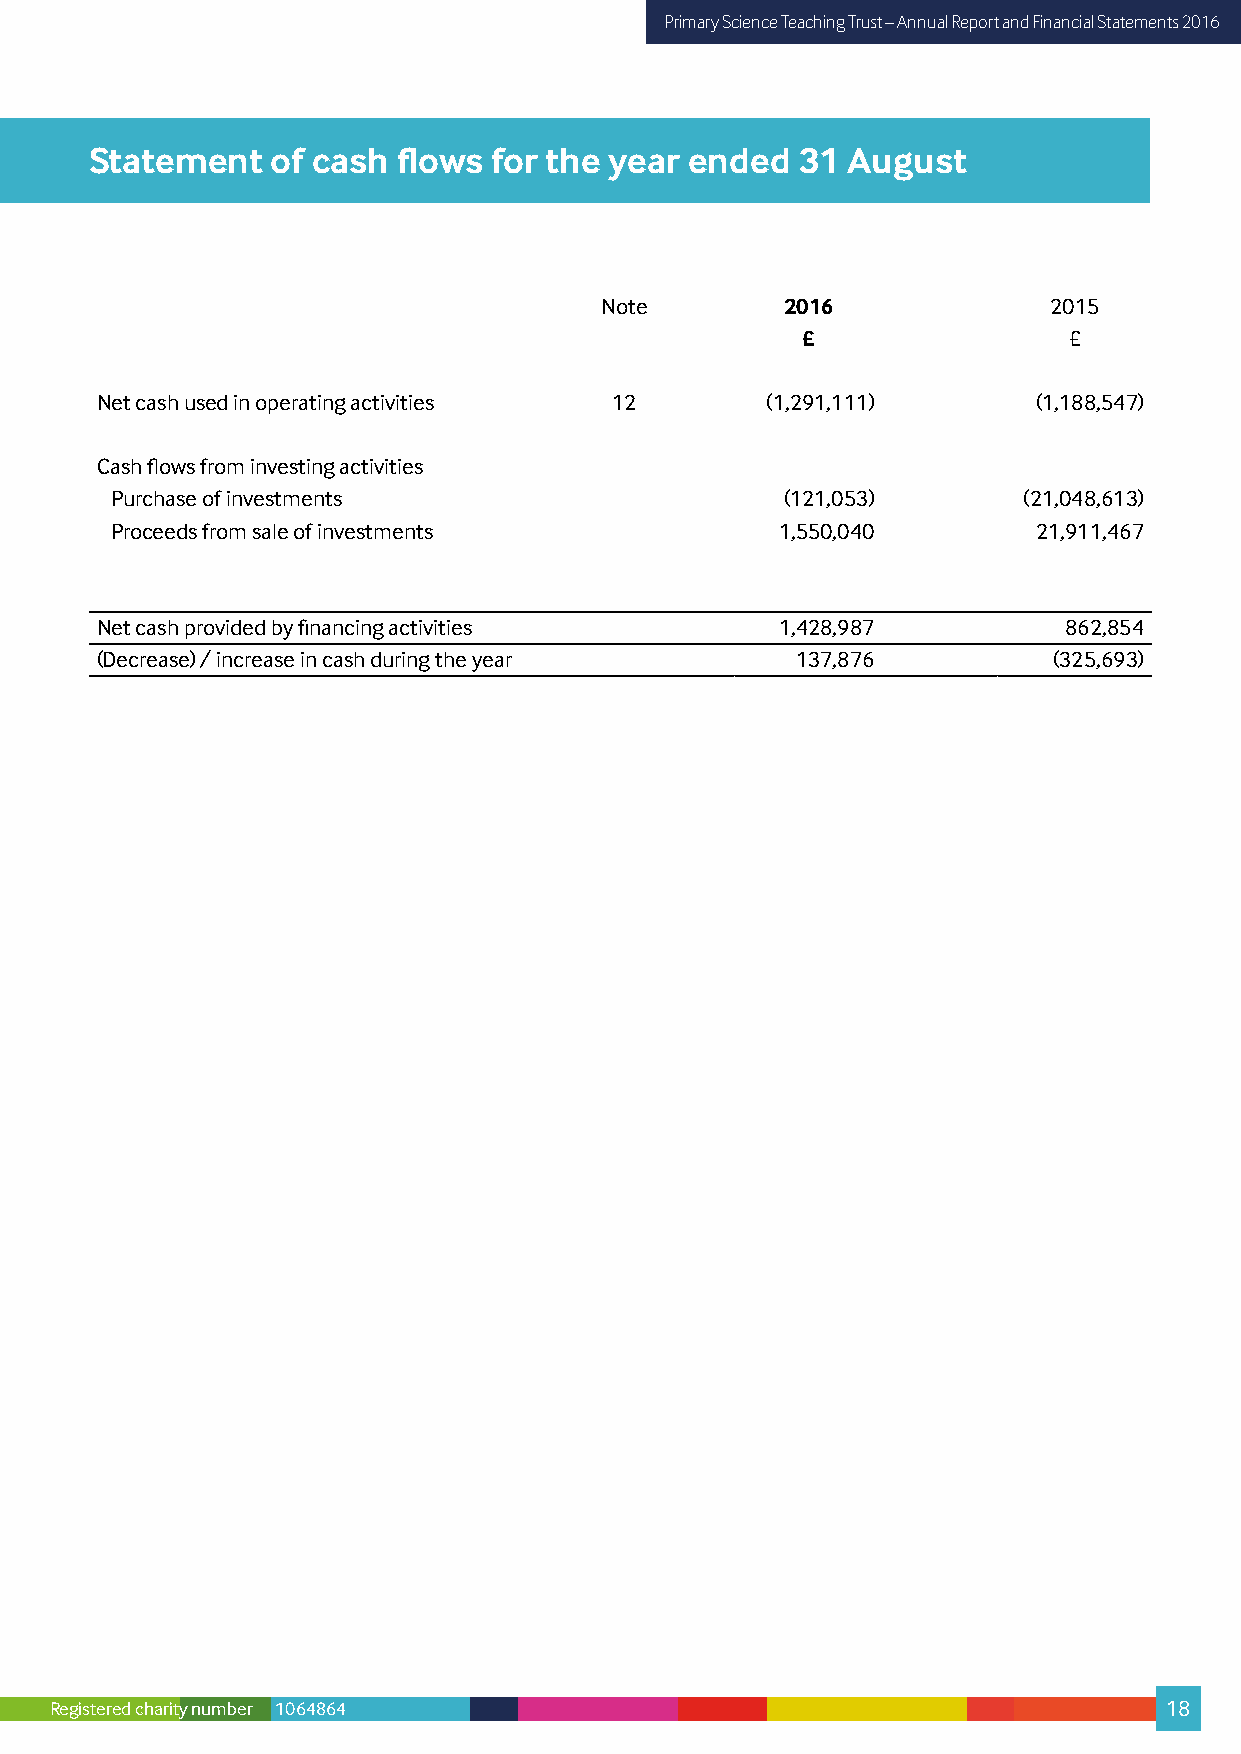
Primary Science Teaching Trust – Annual Report and Financial Statements 2016
 Statement   of cash flows  for the year ended  31 August
 Note        2016             2015
 £                 £
 Net cash used in operating activities 12     (1,291,111)       (1,188,547)
 Cash flows from investing activities
 Purchase of investments                      (121,053)       (21,048,613)
 Proceeds from sale of investments            1,550,040        21,911,467
 Net cash provided by financing activities     1,428,987         862,854
 (Decrease) / increase in cash during the year  137,876          (325,693)
 Registered charity number 1064864                                         18